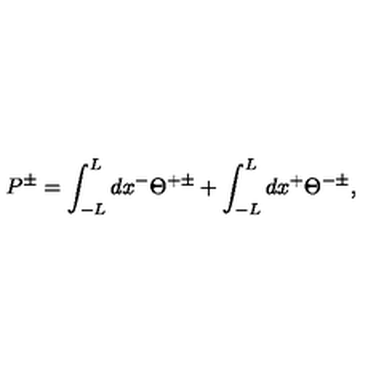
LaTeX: P ^ { \pm } = \int _ { - L } ^ { L } d x ^ { - } \Theta ^ { + \pm } + \int _ { - L } ^ { L } d x ^ { + } \Theta ^ { - \pm } ,